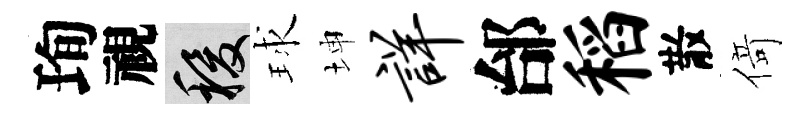
珣視稷球坤详邰稻散𠋣